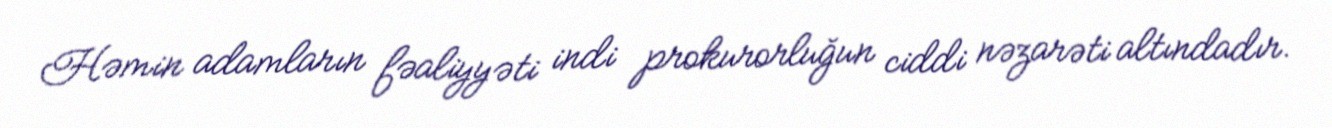
Həmin adamların fəaliyyəti indi prokurorluğun ciddi nəzarəti altındadır.